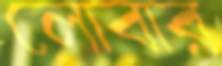
লোবার